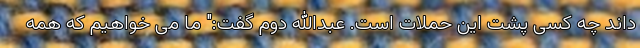
داند چه کسی پشت این حملات است. عبدالله دوم گفت:" ما می خواهیم که همه